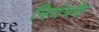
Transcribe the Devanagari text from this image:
नियंत्रके